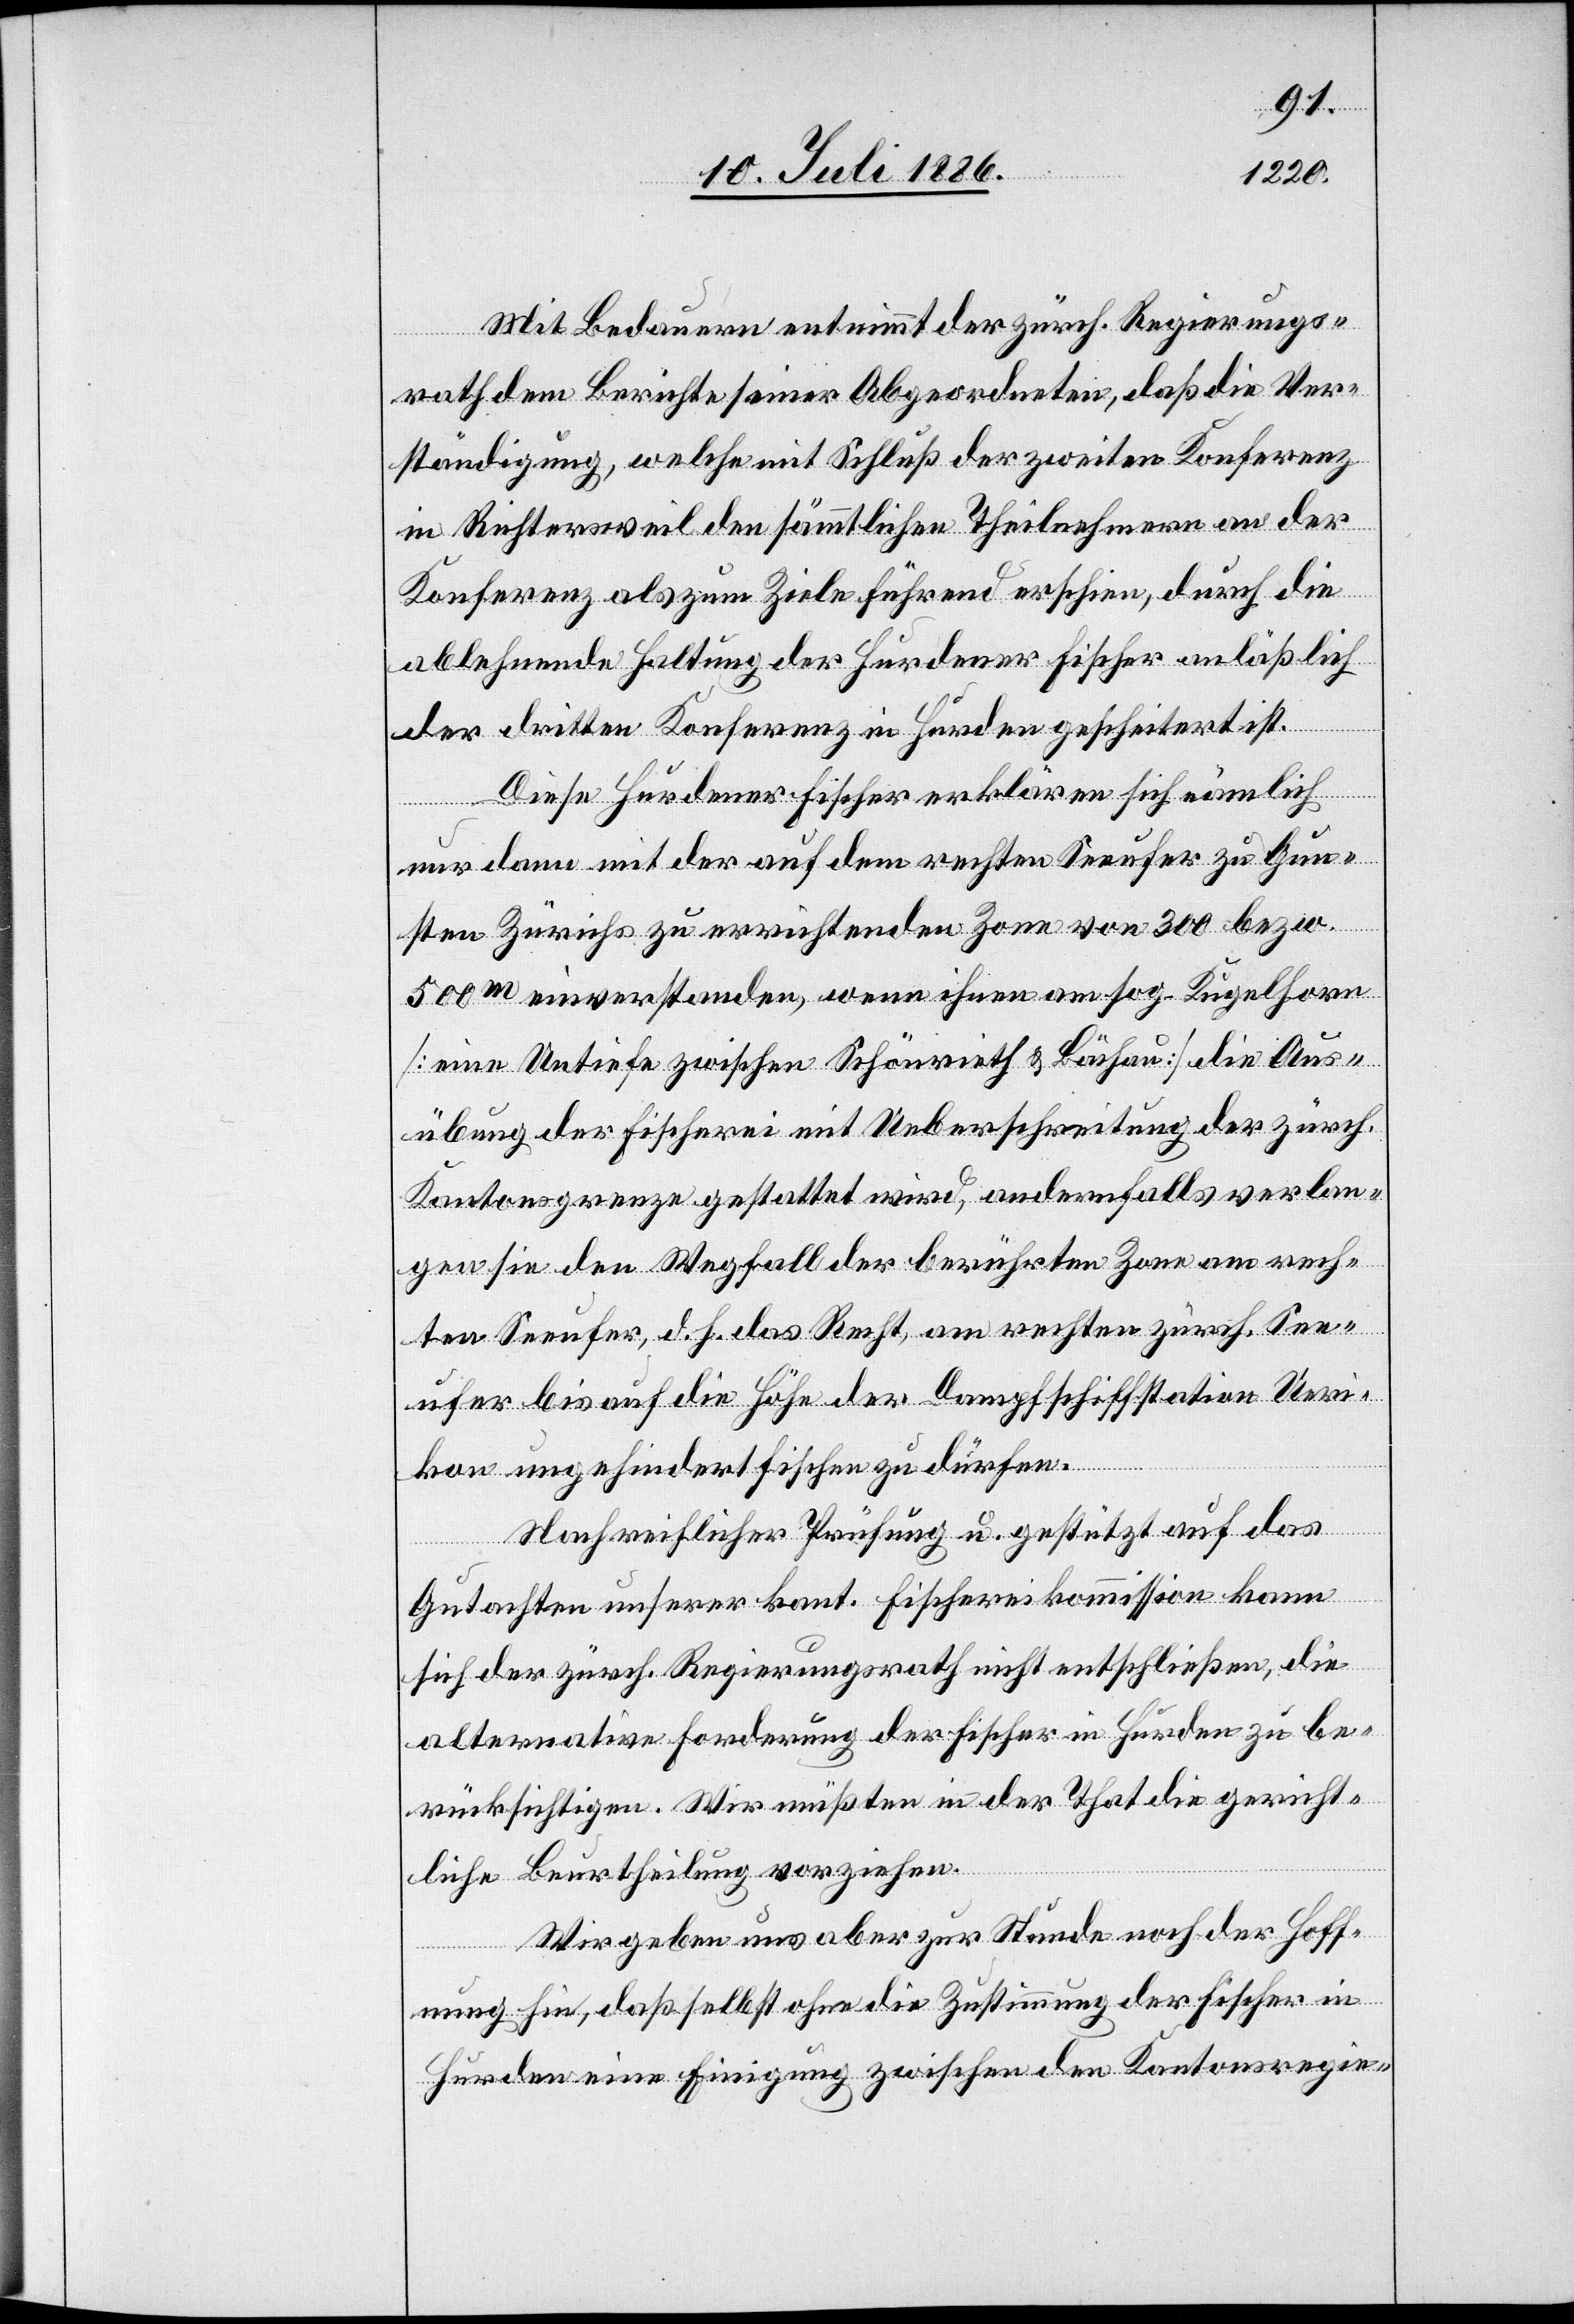
Mit Bedauern entnimmt der zürch. Regierungs¬
rath dem Berichte seiner Abgeordneten, daß die Ver¬
ständigung, welche mit Schluß der zweiten Konferenz
in Richtersweil den sämmtlichen Theilnehmern an der
Konferenz als zum Ziele führend erschien, durch die
ablehnende Haltung der Hurdener Fischer anläßlich
der dritten Konferenz in Hurden gescheitert ist.
Diese Hurdener Fischer erklären sich nämlich
nur dann mit der auf dem rechten Seeufer zu Gun¬
sten Zürichs zu errichtenden Zone von 300 bezw.
500m einverstanden, wenn ihnen am sog. Kugelhorn
[eine Untiefe zwischen Schönrieth [sic!] & Bächau] die Aus¬
übung der Fischerei mit Ueberschreitung der zürch.
Kantonsgrenze gestattet wird, andernfalls verlan¬
gen sie den Wegfall der berührten Zone am rech¬
ten Seeufer, d. h. das Recht, am rechten zürch. See¬
ufer bis auf die Höhe der Dampfschiffstation Ueri¬
kon ungehindert fischen zu dürfen.
Nach reiflicher Prüfung u. gestützt auf das
Gutachten unserer kant. Fischereikommission kann
sich der zürch. Regierungsrath nicht entschließen, die
alternative Forderung der Fischer in Hurden zu be¬
rücksichtigen. Wir müßten in der That die gericht¬
liche Beurtheilung vorziehen.
Wir geben uns aber zu Stunde noch der Hoff¬
nung hin, daß selbst ohne die Zustimmung der Fischer in
Hurden eine Einigung zwischen den Kantonsregie-